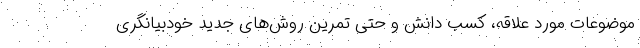
موضوعات مورد علاقه، کسب دانش و حتی تمرین روش‌های جدیدِ خودبیانگری